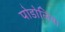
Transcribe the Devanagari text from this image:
पोडोलिया